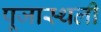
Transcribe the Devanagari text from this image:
पूजास्थली